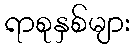
ရာစုနှစ်များ